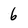
Character: 6